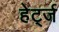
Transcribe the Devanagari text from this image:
हेर्ट्ज